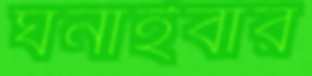
ঘনাইবার